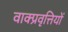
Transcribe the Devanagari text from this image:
वाक्प्रवृत्तियों